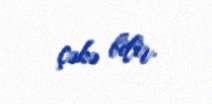
çəkə bilir.